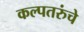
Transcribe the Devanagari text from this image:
कल्पतरुंचे